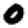
Digit: 0